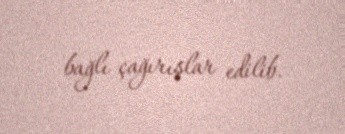
bağlı çağırışlar edilib.